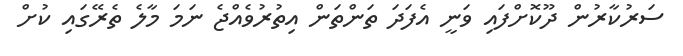
ސަރުކާރުން ދޫކޮށްފައި ވަނީ އެފަދަ ތަންތަން އިތުރުވެއްޖެ ނަމަ މާލެ ތެރޭގައި ކުށް